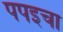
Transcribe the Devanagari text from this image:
पपइचा